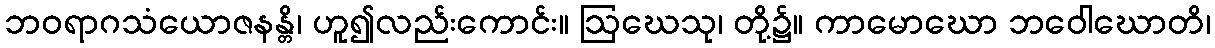
ဘဝရာဂသံယောဇနန္တိ၊ ဟူ၍လည်းကောင်း။ ဩဃေသု၊ တို့၌။ ကာမောဃော ဘဝေါဃောတိ၊